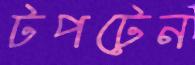
টপটেন